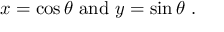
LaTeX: x = \cos \theta \ \mathrm { a n d } \ y = \sin \theta \ .